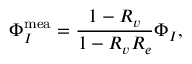
\Phi _ { I } ^ { \mathrm { m e a } } = \frac { 1 - R _ { v } } { 1 - R _ { v } R _ { e } } \Phi _ { I } ,